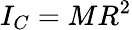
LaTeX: I_{C}=MR^{2}